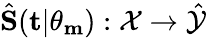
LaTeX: \hat{\textbf{S}}(\textbf{t}|\theta_{\textbf{m}}):\mathcal{X}\xrightarrow{}\hat{\mathcal{Y}}